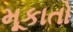
મૂકાતો